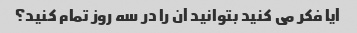
آیا فکر می کنید بتوانید آن را در سه روز تمام کنید؟